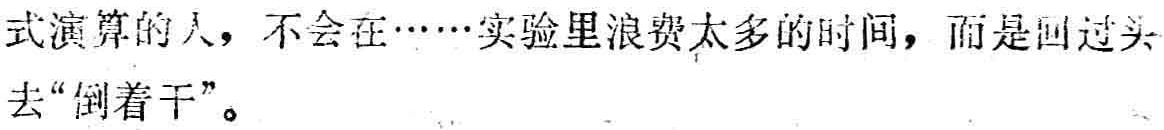
式演算的人，不会在……实验里浪费太多的时间，而是回过头去“倒着干”。